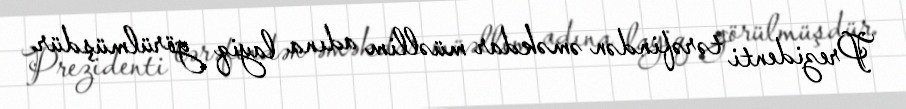
Prezidenti tərəfindən əməkdar müəllim adına layiq görülmüşdür.